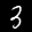
Digit: 3